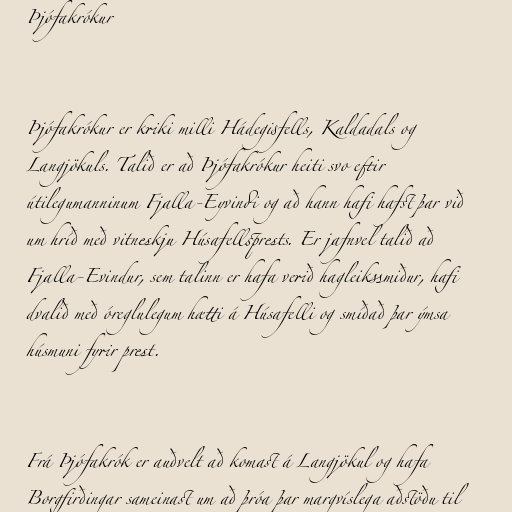
Þjófakrókur

Þjófakrókur er kriki milli Hádegisfells, Kaldadals og
Langjökuls. Talið er að Þjófakrókur heiti svo eftir
útilegumanninum Fjalla-Eyvindi og að hann hafi hafst þar við
um hríð með vitneskju Húsafellsprests. Er jafnvel talið að
Fjalla-Evindur, sem talinn er hafa verið hagleikssmiður, hafi
dvalið með óreglulegum hætti á Húsafelli og smíðað þar ýmsa
húsmuni fyrir prest.

Frá Þjófakrók er auðvelt að komast á Langjökul og hafa
Borgfirðingar sameinast um að þróa þar margvíslega aðstöðu til